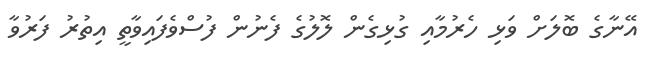
އޭނާގެ ބޮލަށް ވަޅި ހެރުމާއި ގުޅިގެން ލޮލުގެ ފެނުން ފުސްވެފައިވާތީ އިތުރު ފަރުވާ